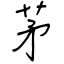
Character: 茅